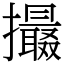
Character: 𢸶